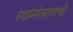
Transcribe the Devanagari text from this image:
स्थानांतरणाची